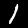
Label: 1